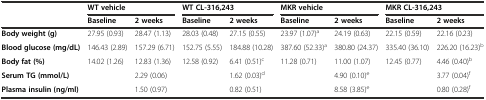
<table><thead><tr><td></td><td colspan="2"><b>WT vehicle</b></td><td colspan="2"><b>WT CL-316,243</b></td><td colspan="2"><b>MKR vehicle</b></td><td colspan="2"><b>MKR CL-316,243</b></td></tr><tr><td></td><td><b>Baseline</b></td><td><b>2 weeks</b></td><td><b>Baseline</b></td><td><b>2 weeks</b></td><td><b>Baseline</b></td><td><b>2 weeks</b></td><td><b>Baseline</b></td><td><b>2 weeks</b></td></tr></thead><tbody><tr><td><b>Body weight (g)</b></td><td>27.95 (0.93)</td><td>28.47 (1.13)</td><td>28.03 (0.48)</td><td>27.15 (0.55)</td><td>23.97 (1.07)<sup>a</sup></td><td>24.19 (0.63)</td><td>22.15 (0.59)</td><td>22.16 (0.23)</td></tr><tr><td><b>Blood glucose (mg/dL)</b></td><td>146.43 (2.89)</td><td>157.29 (6.71)</td><td>152.75 (5.55)</td><td>184.88 (10.28)</td><td>387.60 (52.33)<sup>a</sup></td><td>380.80 (24.37)</td><td>335.40 (36.10)</td><td>226.20 (16.23)<sup>b</sup></td></tr><tr><td><b>Body fat (%)</b></td><td>14.02 (1.26)</td><td>12.83 (1.36)</td><td>12.58 (0.92)</td><td>6.41 (0.51)<sup>c</sup></td><td>11.28 (0.71)</td><td>11.00 (1.07)</td><td>12.45 (0.77)</td><td>4.46 (0.40)<sup>b</sup></td></tr><tr><td><b>Serum TG (mmol/L)</b></td><td></td><td>2.29 (0.06)</td><td></td><td>1.62 (0.03)<sup>d</sup></td><td></td><td>4.90 (0.10)<sup>e</sup></td><td></td><td>3.77 (0.04)<sup>f</sup></td></tr><tr><td><b>Plasma insulin (ng/ml)</b></td><td></td><td>1.50 (0.97)</td><td></td><td>0.82 (0.51)</td><td></td><td>8.58 (3.85)<sup>e</sup></td><td></td><td>0.80 (0.28)<sup>f</sup></td></tr></tbody></table>